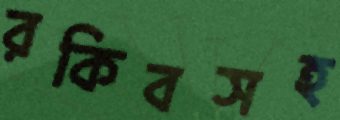
রকিবসহ